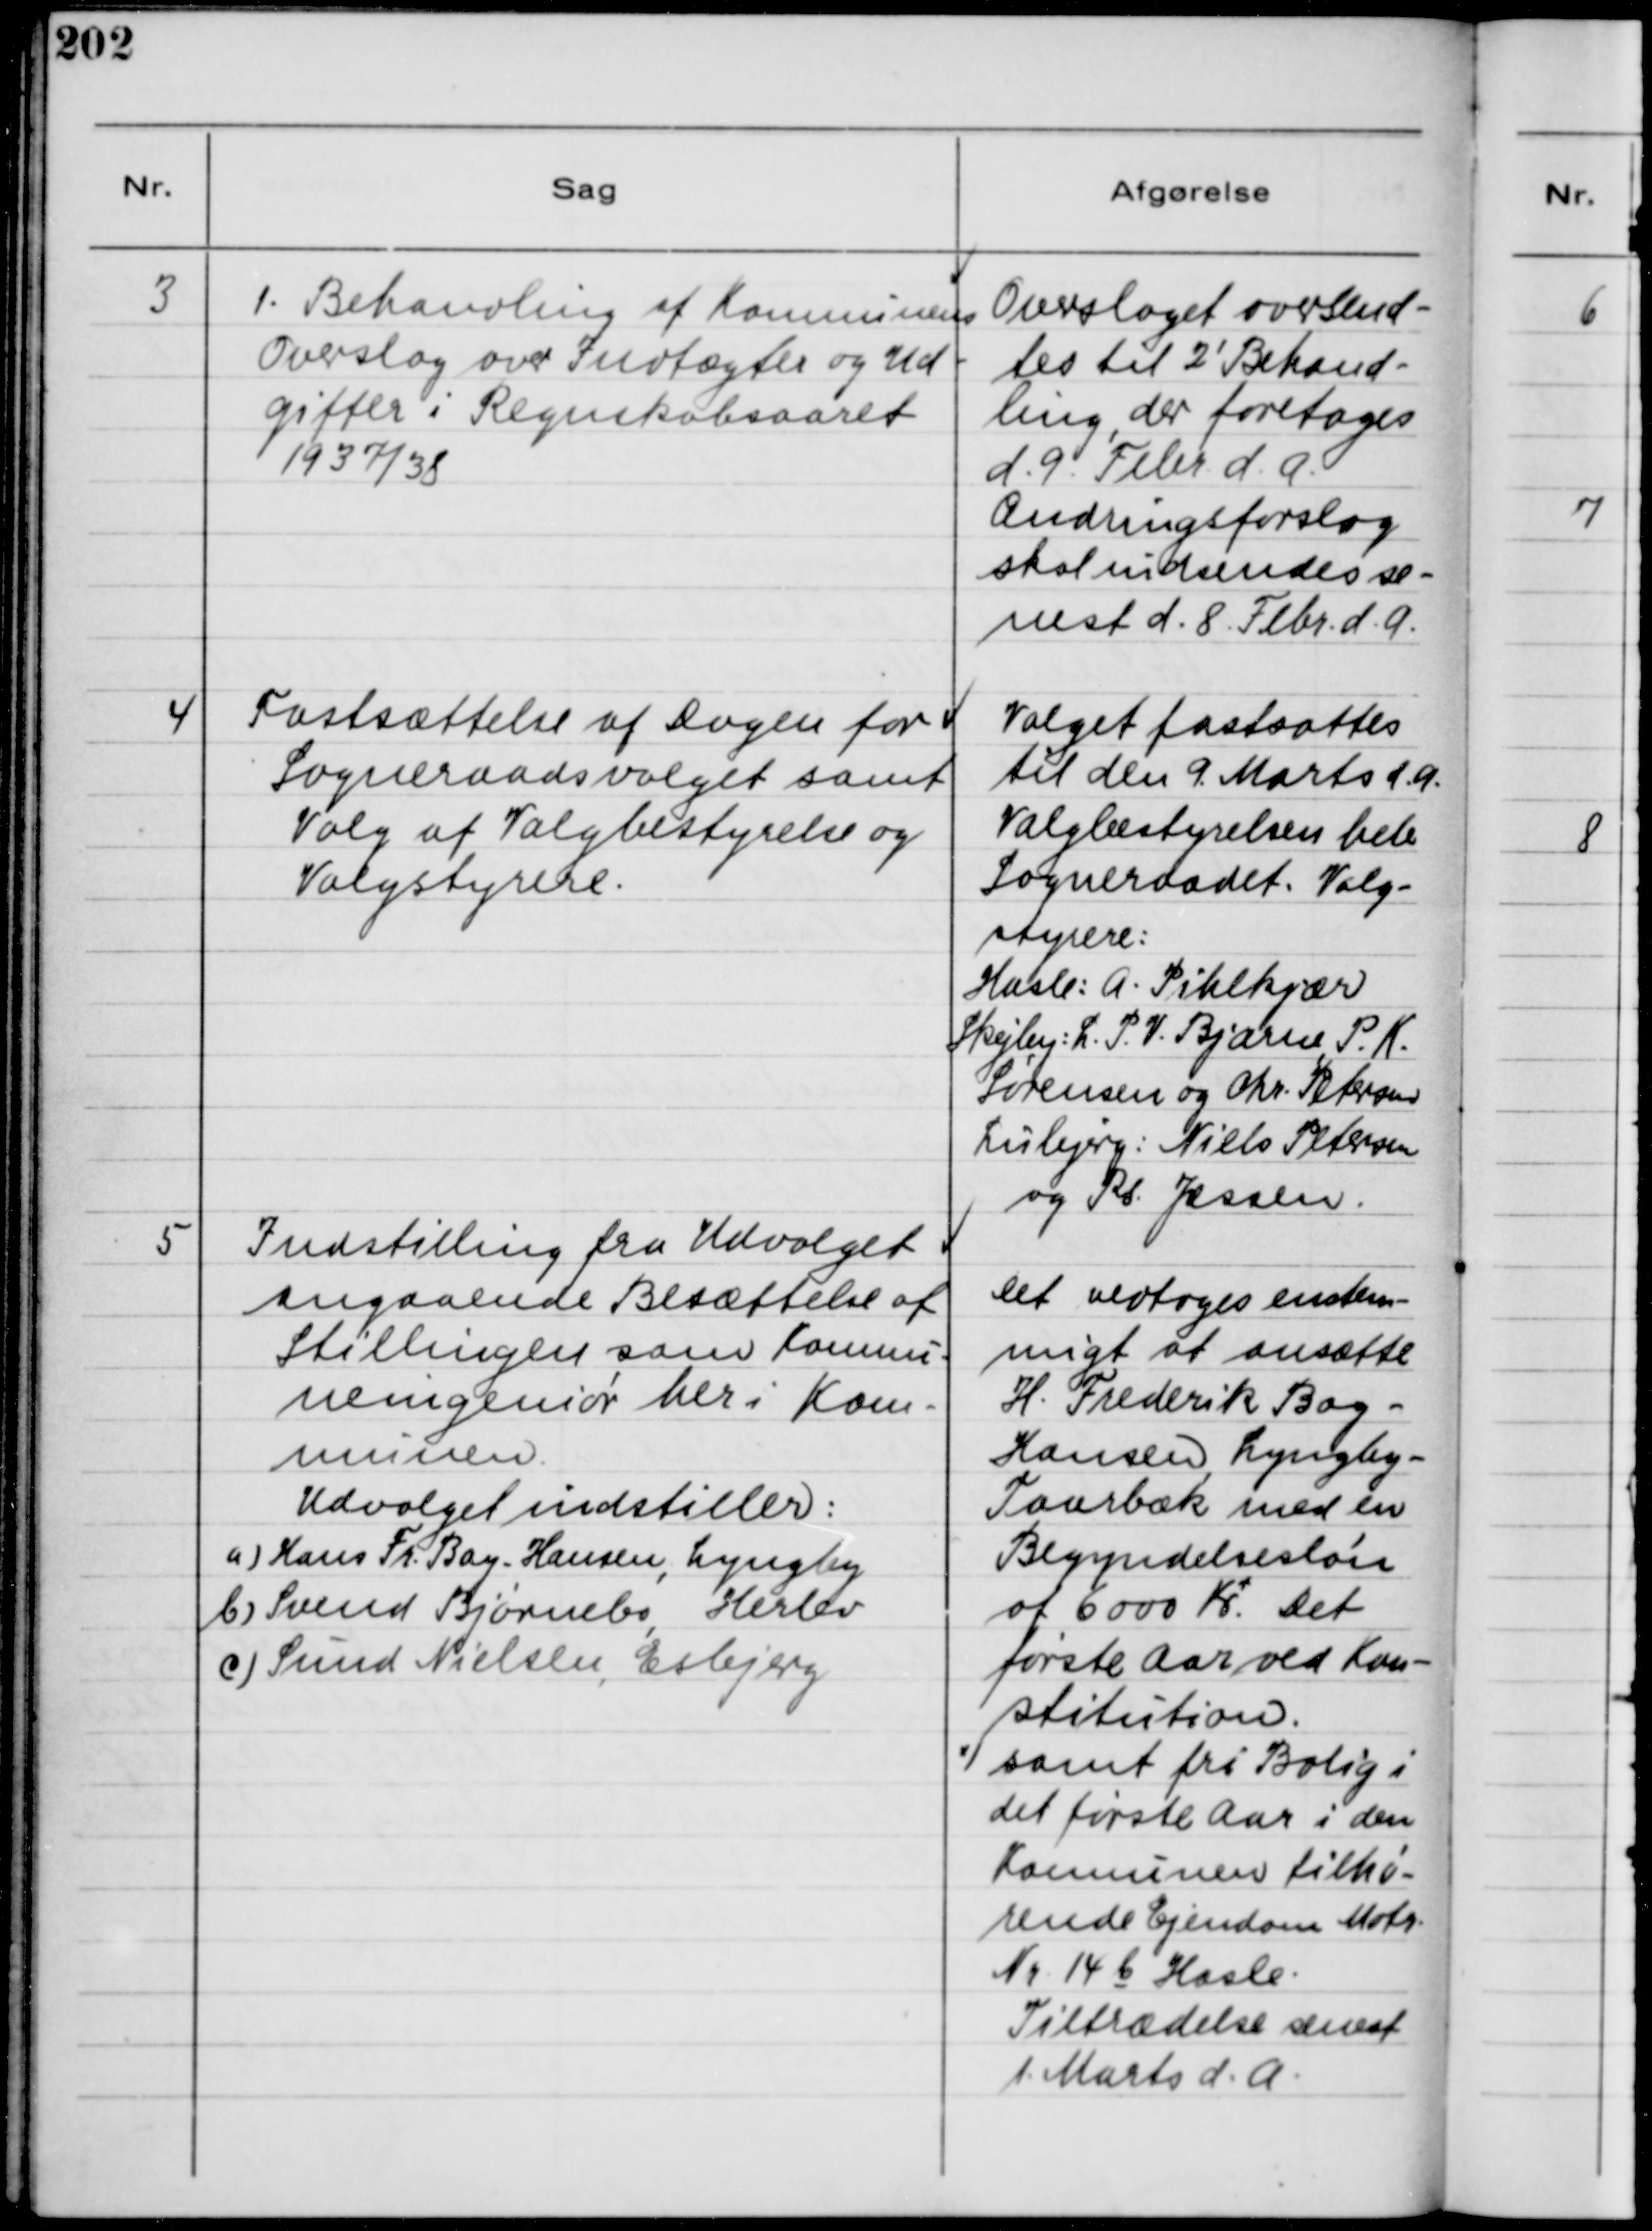
Transskription:
3
1. Behandling af Komnunens
Overslag over Indtægter og Ud-
gifter i Regnskabsaaret
1937/38

Overslaget oversend-
tes til 2' Behand-
ling, der foretoges
d. 9. Febr. d. A.
Ændringsforslag
skal indsendes se-
nest d. 8. Febr. d. A.

4
Fastsættelse af Dagen for
Sogneraadsvalget samt
Valg af Valgbestyrelse og
Valgstyrere.

Valget fastsattes
til den 9. Marts d. A.
Valgbestyrelsen hele
Sogneraadet. Valg-
styrere:
Hasle: A. Pihlkjær
Skejby: L. P. V. Bjarne, P. K.
Sørensen og Chr. Petersen
Lisbjerg: Niels Petersen
og Rs. Jessen.

5
Indstilling fra Udvalget
angaaende Besættelse af
Stillingen som Komnu-
neingeniør her i Kom-
munen.
Udvalget indstiller:
a) Hans Fr. Bay - Hansen, Lyngby
b) Svend Bjørnebo, Herlev
c) Sund Nielsen, Esbjerg

Det vedtoges enstem-
migt at ansætte
H. Frederiks Bay -
Hansen, Lyngby -
Faurbæk med en
Begyndelsesløn
af 6000 Kr. Det
første Aar ved Kon-
stitution.
samt fri Bolig i
det første Aar i den
Konnuen tilhø-
rende Ejendom Matr.
Nr. 14 b Hasle.
Tiltrædelse senest
1. Marts d. A.